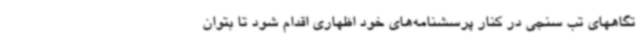
تگاههای تب سنجی در کنار پرسشنامه‌های خود اظهاری اقدام شود تا بتوان